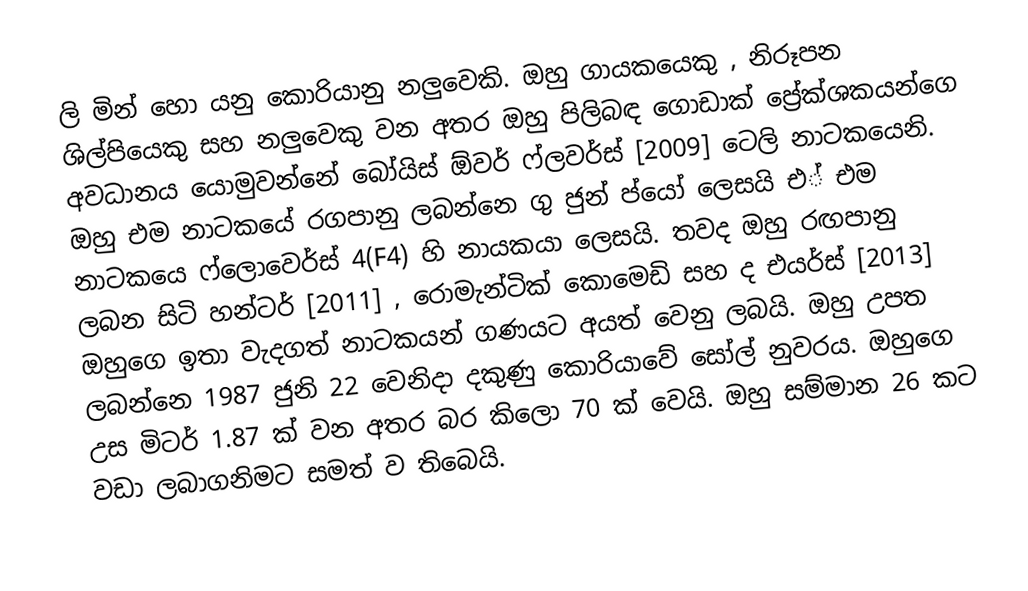
ලි මින් හො යනු කොරියානු නලුවෙකි. ඔහු ගායකයෙකු , නිරූපන ශිල්පියෙකු සහ නලුවෙකු වන අතර ඔහු පිලිබඳ ගොඩාක් ප්‍රේක්ශකයන්ගෙ අවධානය යොමුවන්නේ බෝයිස් ඕවර් ෆ්ලවර්ස් [2009] ටෙලි නාටකයෙනි. ඔහු එම නාටකයේ රගපානු ලබන්නෙ ගු ජුන් ප්යෝ ලෙසයි එ් එම නාටකයෙ ෆ්ලොවෙර්ස් 4(F4) හි නායකයා ලෙසයි. තවද ඔහු රඟපානු ලබන සිටි හන්ටර් [2011] , රොමැන්ටික් කොමෙඩි සහ ද එයර්ස් [2013] ඔහුගෙ ඉතා වැදගත් නාටකයන් ගණයට අයත් වෙනු ලබයි. ඔහු උපත ලබන්නෙ 1987 ජුනි 22 වෙනිදා දකුණු කොරියාවේ සෝල් නුවරය. ඔහුගෙ උස මිටර් 1.87 ක් වන අතර බර කිලො 70 ක් වෙයි. ඔහු සම්මාන 26 කට වඩා ලබාගනිමට සමත් ව තිබෙයි.